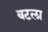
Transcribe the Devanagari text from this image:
बटला